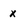
Character: x